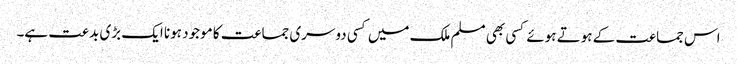
اس جماعت کے ہوتے ہوئے کسی بھی مسلم ملک میں کسی دوسری جماعت کا موجود ہونا ایک بڑی بدعت ہے۔